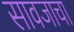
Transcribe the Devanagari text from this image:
सावजाचा